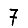
Digit: 7